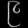
Digit: ၉